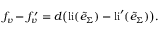
f _ { v } - f _ { v } ^ { \prime } = d \big ( \mathrm { l i } ( \tilde { e } _ { \Sigma } ) - \mathrm { l i } ^ { \prime } ( \tilde { e } _ { \Sigma } ) \big ) .